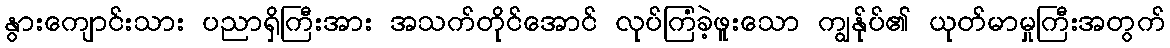
နွားကျောင်းသား ပညာရှိကြီးအား အသက်တိုင်အောင် လုပ်ကြံခဲ့ဖူးသော ကျွန်ုပ်၏ ယုတ်မာမှုကြီးအတွက်